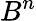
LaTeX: B^{n}